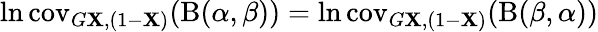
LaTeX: \ln\operatorname{cov}_{G\mathbf{X},(1-\mathbf{X})}(\mathrm{{B}}(\alpha,\beta))=\ln\operatorname{cov}_{G\mathbf{X},(1-\mathbf{X})}(\mathrm{{B}}(\beta,\alpha))